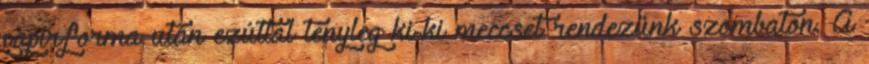
papírforma után ezúttal tényleg ki-ki meccset rendezünk szombaton. A